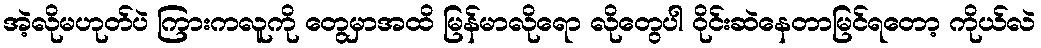
အဲ့လိုမဟုတ်ပဲ ကြားကလူကို တွေမှာအထိ မြန်မာလိုရော လိုတွေပါ ဝိုင်းဆဲနေတာမြင်ရတော့ ကိုယ်လဲ